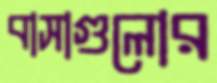
বাসাগুলোর